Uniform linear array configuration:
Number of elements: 24
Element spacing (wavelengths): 0.5
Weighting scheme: hann
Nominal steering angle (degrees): -15
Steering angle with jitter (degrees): -14.949
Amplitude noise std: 0.05
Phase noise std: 0.05

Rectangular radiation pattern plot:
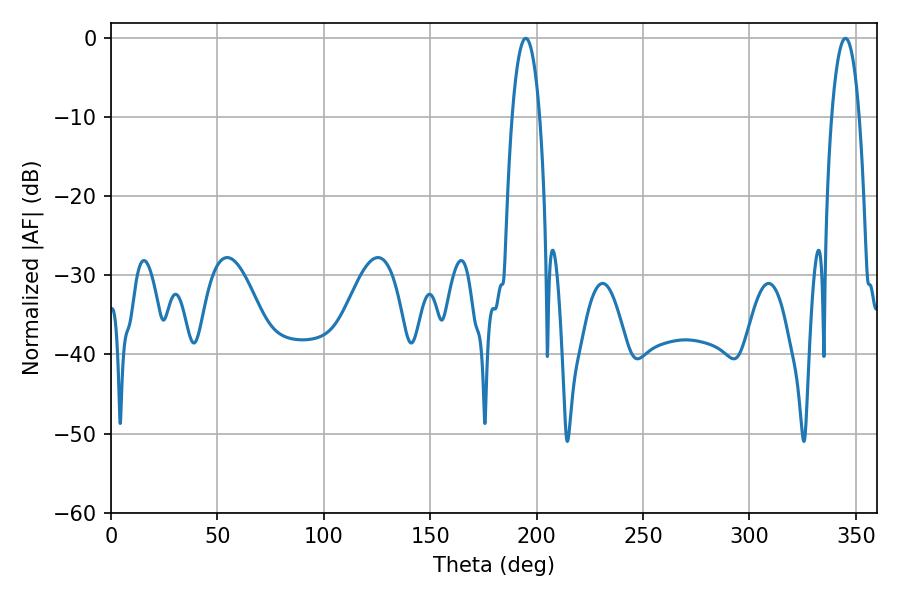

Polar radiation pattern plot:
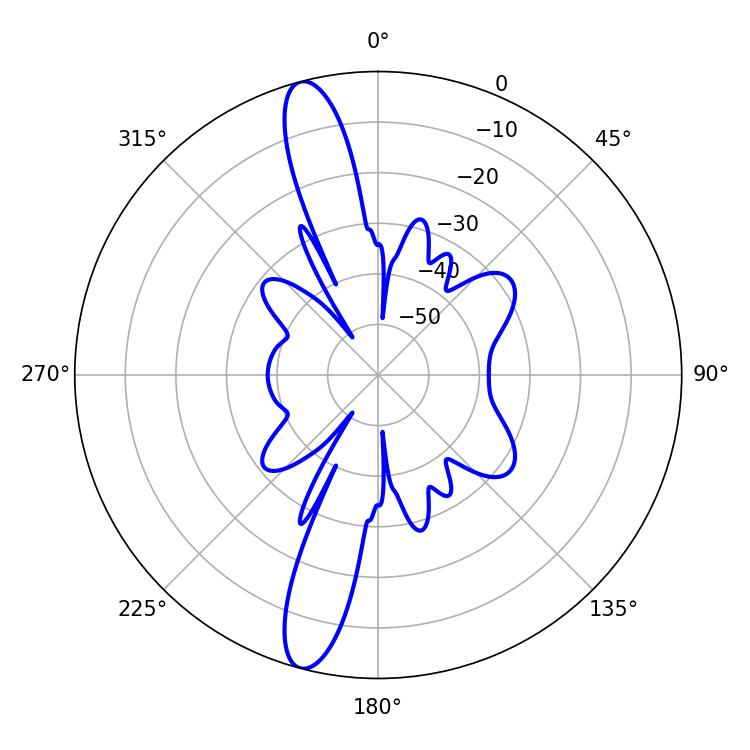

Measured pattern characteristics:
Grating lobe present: FALSE
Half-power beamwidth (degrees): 7.2
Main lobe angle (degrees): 345.06